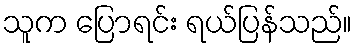
သူက ပြောရင်း ရယ်ပြန်သည်။